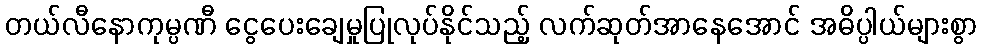
တယ်လီနောကုမ္ပဏီ ငွေပေးချေမှုပြုလုပ်နိုင်သည့် လက်ဆုတ်အာနေအောင် အဓိပ္ပါယ်များစွာ